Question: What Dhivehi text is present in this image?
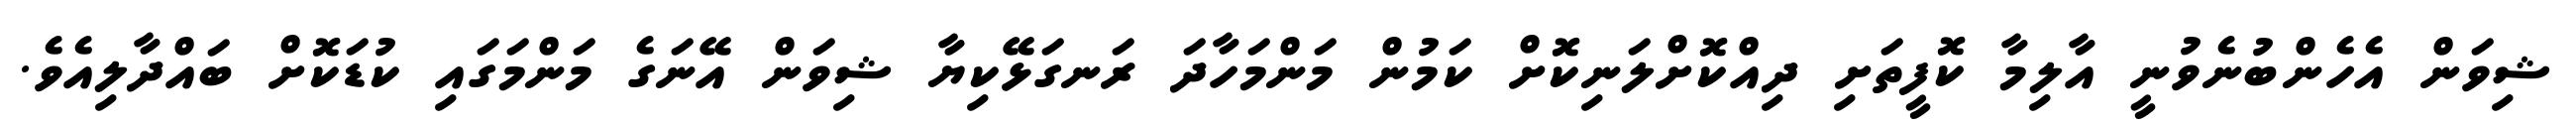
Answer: ޝިވަން އެހެންބުނެވުނީ އާލިމާ ކޮފީތަށި ދިއްކޮށްލަނިކޮށް ކަމުން މަންމަހާދަ ރަނގަޅޭކިޔާ ޝިވަން އޭނަގެ މަންމަގައި ކުޑަކޮށް ބައްދާލިއެވެ.